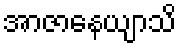
အာဇာနေယျာသိ